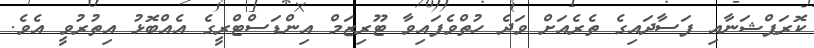
ކޮރަޕްޝަނާއި ފަސާދައިގެ ތެރެއަށް ވަދެ ހުތްވެފައިވާ ޓޫރިޒަމް އިންޑަސްޓްރީގެ އެއްބޮޅު އިތުރުވީ އެވެ.